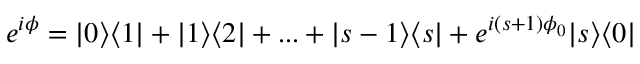
e ^ { i \phi } = | 0 \rangle \langle 1 | + | 1 \rangle \langle 2 | + . . . + | s - 1 \rangle \langle s | + e ^ { i ( s + 1 ) \phi _ { 0 } } | s \rangle \langle 0 |